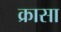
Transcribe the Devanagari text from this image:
क्रासा